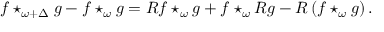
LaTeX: f \star _ { \omega + \Delta } g - f \star _ { \omega } g = R f \star _ { \omega } g + f \star _ { \omega } R g - R \left( f \star _ { \omega } g \right) .